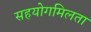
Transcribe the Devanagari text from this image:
सहयोगमिलता